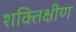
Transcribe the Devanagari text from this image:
शक्तिक्षीण